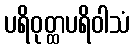
ပရိဝုတ္ထပရိဝါသံ